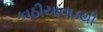
કાઠીયાવાડથી